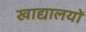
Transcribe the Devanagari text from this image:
खाद्यालयों